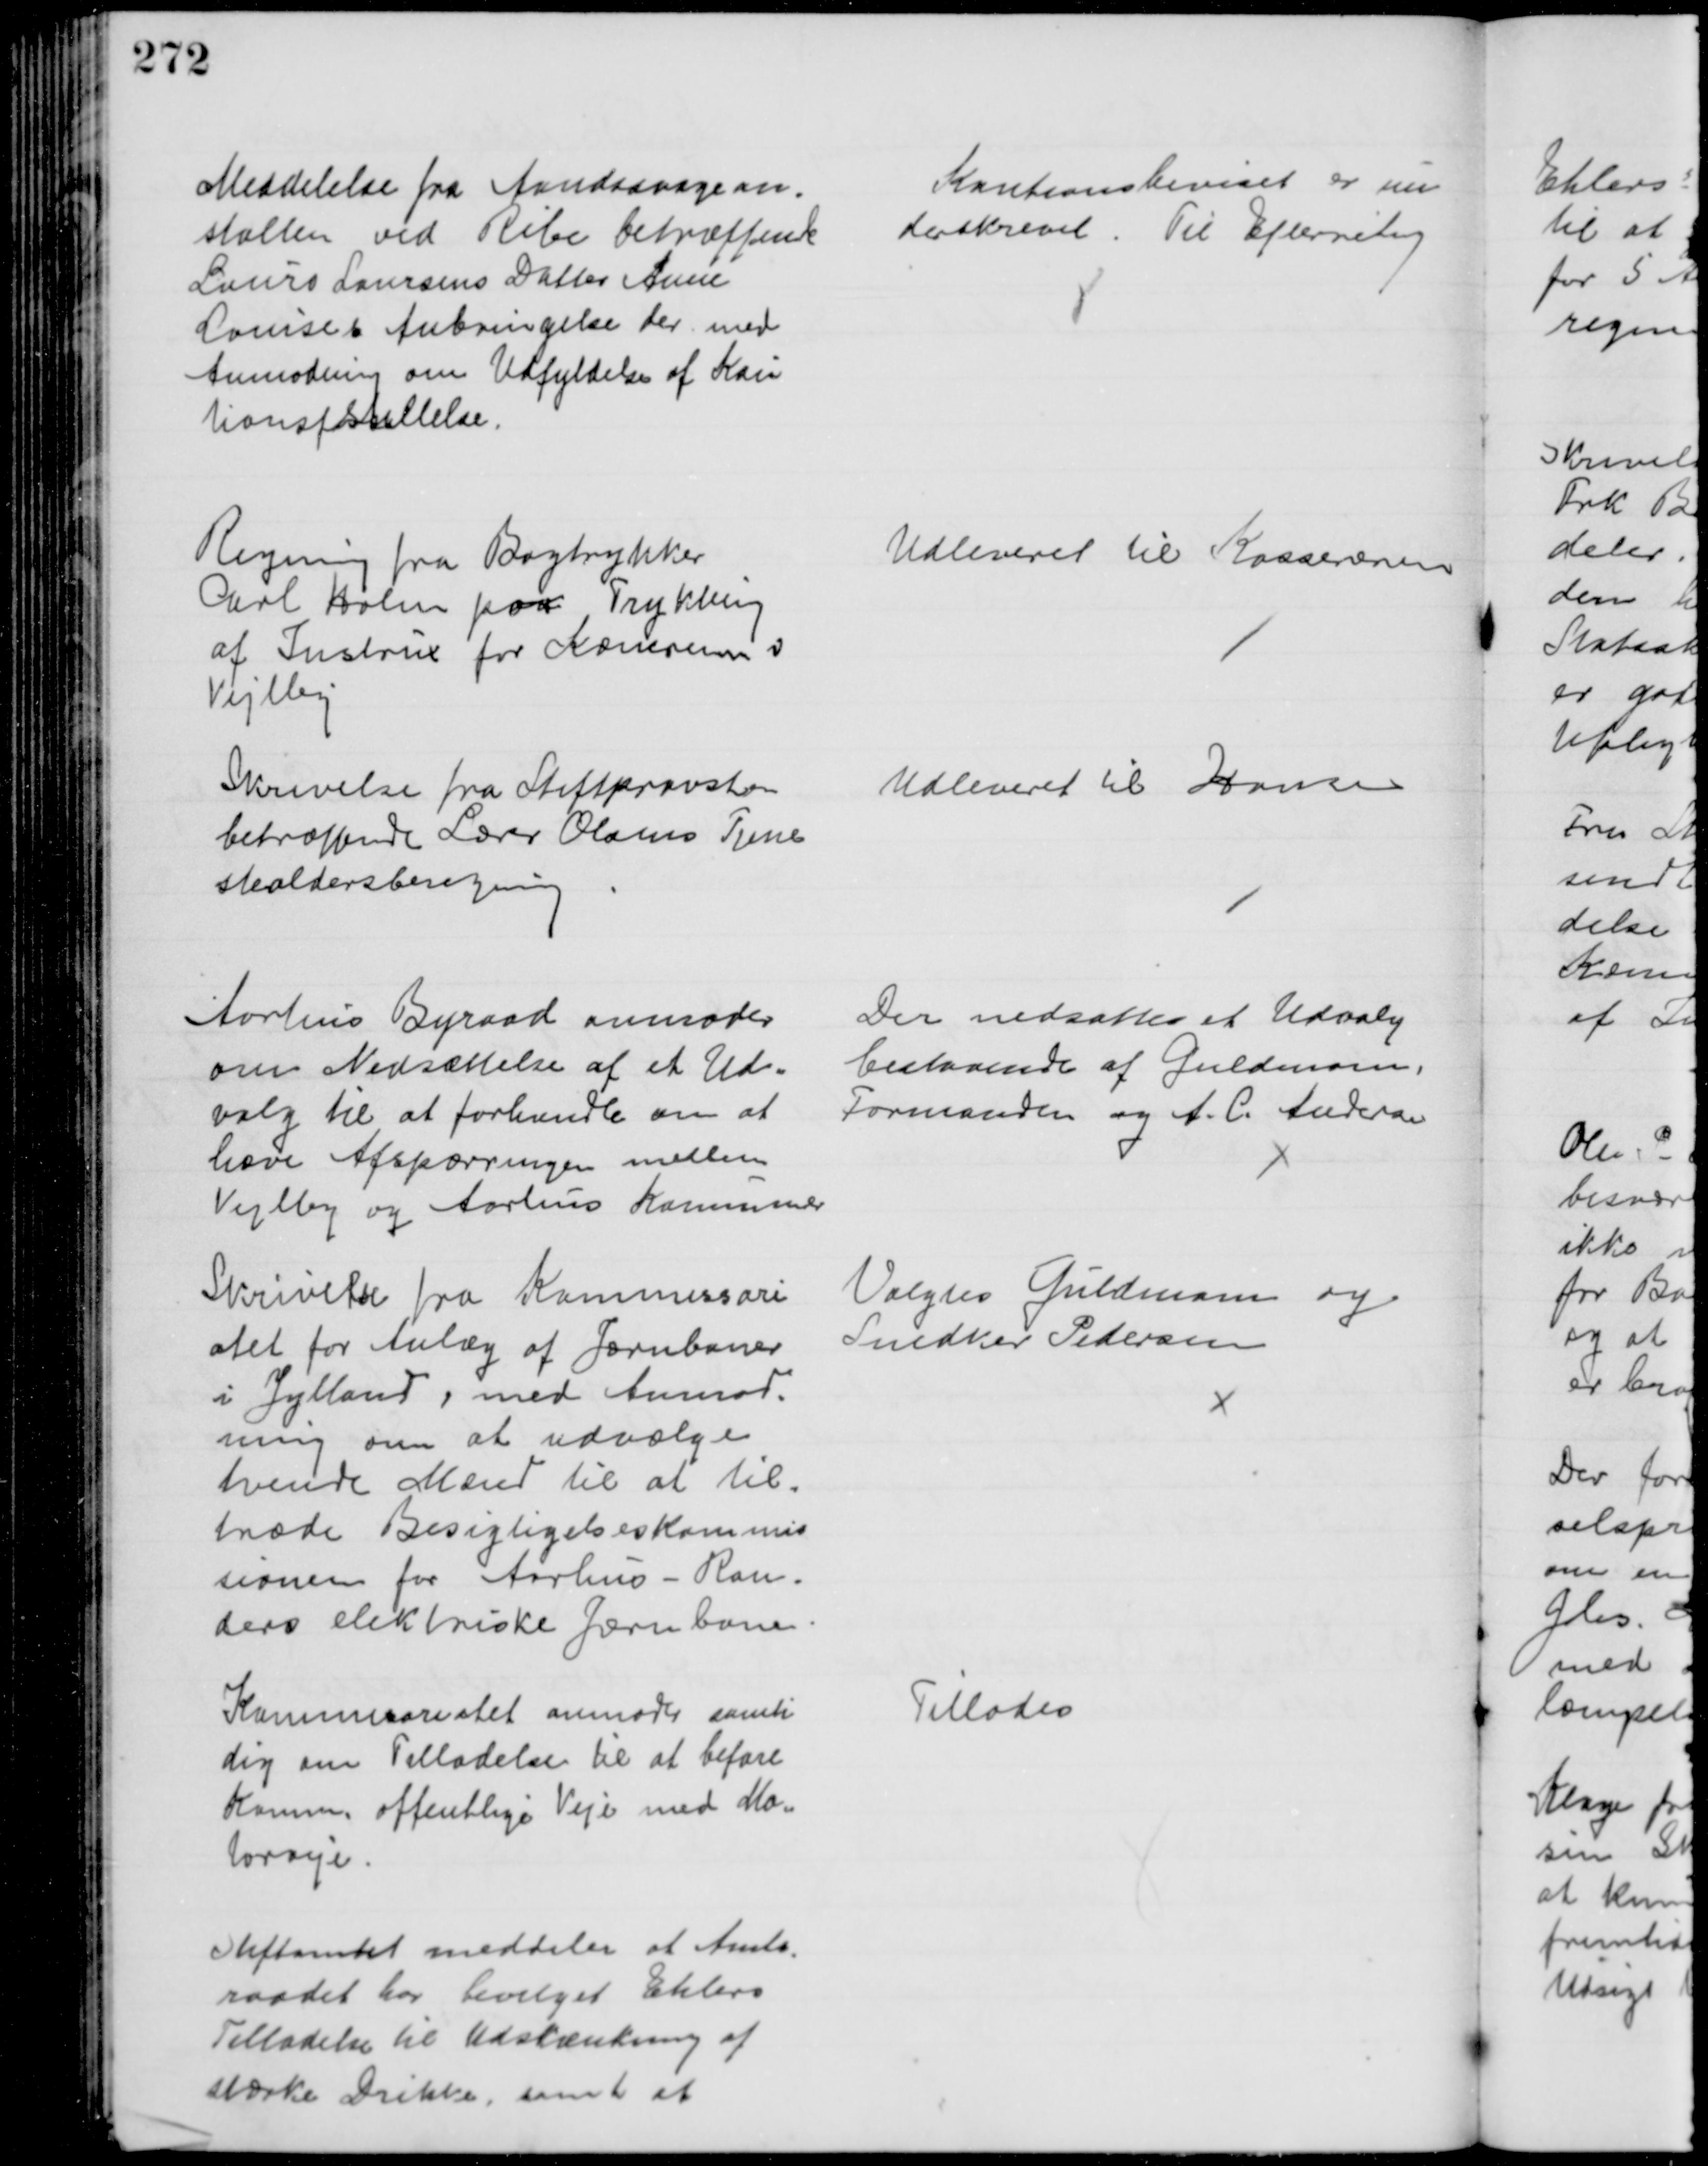
Transskription:
Meddelelse fra Aandssvagean=
stalten ved Ribe betræffende
Laurs Laursens Datter Anne
Louises Anbringelse der med
Anmodning om Udfyldelse af Kau
tionsfstillelse.
Kautionsbeviset er un
derskrevet. Til Efterretning
Regning fra Bogtrykker
Carl Holm paa Trykning
af Instrux for Kæmneren v
Vejlby
Udleveret til Kassereren
Skrivelse fra Stiftprovsten
betræffende Lærer Olsens Tjene
stealdersberegning
Udleveret til Hansen
Aarhus Byraad anmoder
om Nedsættelse af et Ud=
valg til at forhandle om at
hæve Afspærringen mellem
Vejlby og Aarhus Kommuner
Der nedsattes et Udvalg
bestaaende af Guldmann,
Formanden og A. C. Andersen
Skrivelse fra Kommissari
atet for Anlæg af Jernbaner
i Jylland, med Anmod-
ning om at udvælge
tvende Mænd til at til-
træde Besigtigelseskommis-
sionen for Aarhus-Ran-
ders elektriske Jærnbane
Valgtes Guldmann og
Snedker Pedersen
Kommisariatet anmoder samti
dig om Tilladelse til at befare
Komm. offentlige Veje med Mo-
torveje
Tillodes
Stiftamtet meddeler at Amts=
raadet har bevilget Ehlers
Tilladelse til Udskænkning af 
stærke Drikke, samt at